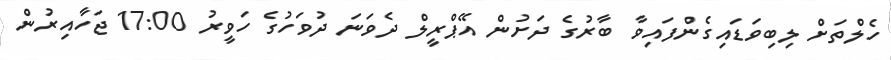
ހެލްތަށް ލިބިވަޑައިގެންފައިވާ ބާރުގެ ދަށުން އޭޕްރީލް ދެވަނަ ދުވަހުގެ ހަވީރު 17:00 ޖަހާއިރުން